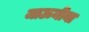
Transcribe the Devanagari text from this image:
जाऊनीया